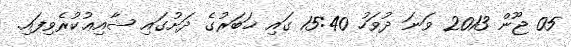
05 ޖޫން 2013 ވަނަ ދުވަހު 15:40 ގައި ޚަބަރުގެ ދަށުގައި ޝާއިޢުކުރެވިފައި.